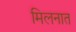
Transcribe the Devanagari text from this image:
मिलनात